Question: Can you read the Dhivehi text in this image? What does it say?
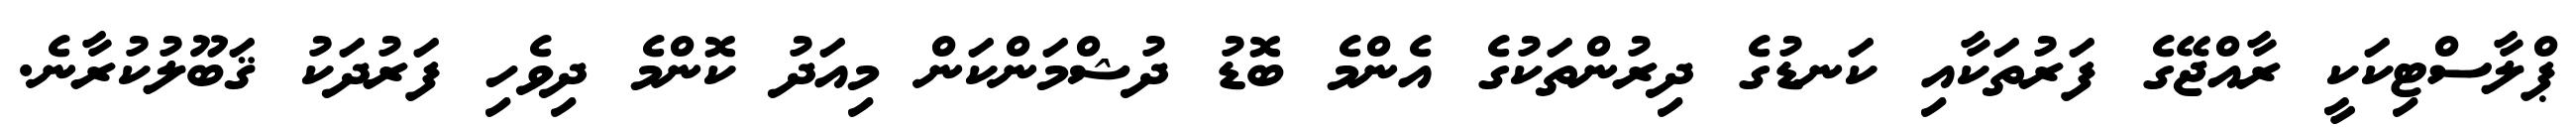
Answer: ޕްލާސްޓިކަކީ ރާއްޖޭގެ ފަރުތަކާއި ކަނޑުގެ ދިރުންތަކުގެ އެންމެ ބޮޑު ދުޝްމަންކަން މިއަދު ކޮންމެ ދިވެހި ފަރުދަކު ޤަބޫލުކުރާނެ.